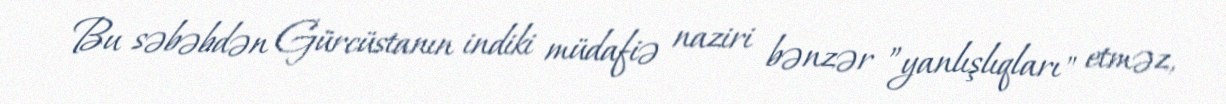
Bu səbəbdən Gürcüstanın indiki müdafiə naziri bənzər ”yanlışlıqları" etməz,